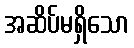
အဆိပ်မရှိသော